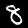
Label: 8